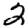
Digit: 2